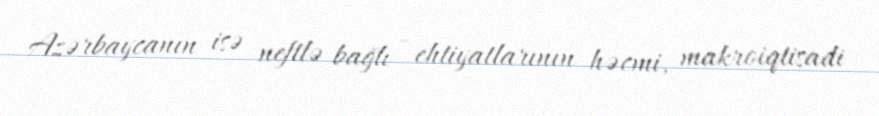
Azərbaycanın isə neftlə bağlı - ehtiyatlarının həcmi, makroiqtisadi